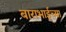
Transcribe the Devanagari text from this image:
बाराभाईच्या